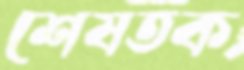
শেষতক